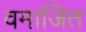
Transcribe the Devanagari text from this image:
वमाजित